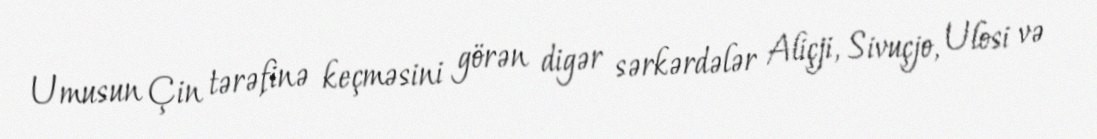
Umusun Çin tərəfinə keçməsini görən digər sərkərdələr Aliçji, Sivuçjo, Ulosi və